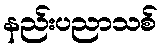
နည်းပညာသစ်